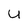
Character: U